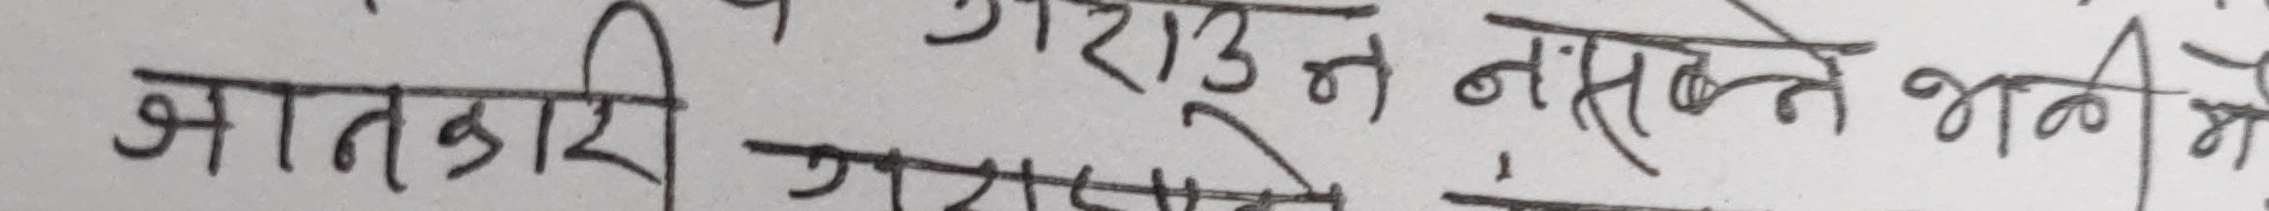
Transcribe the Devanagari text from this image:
जानकारी गराउन नसक्ने भनी